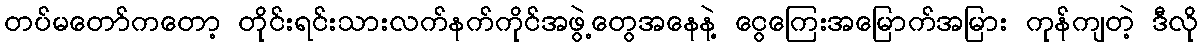
တပ်မတော်ကတော့ တိုင်းရင်းသားလက်နက်ကိုင်အဖွဲ့တွေအနေနဲ့ ငွေကြေးအမြောက်အမြား ကုန်ကျတဲ့ ဒီလို